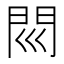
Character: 𨳖